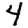
Digit: 4